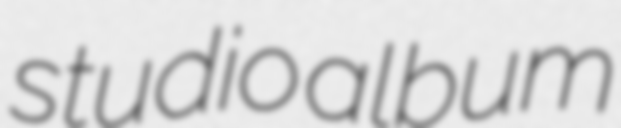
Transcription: studio album